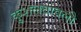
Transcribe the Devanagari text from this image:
कुशलतावली